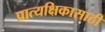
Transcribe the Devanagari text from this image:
प्रात्यक्षिकासाठी